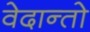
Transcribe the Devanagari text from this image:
वेदान्तो